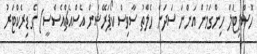
ހޮސްޕިޓަލް ހިންގަމުން އަންނަ ސަދަން ހެލްތު ސާވިސް ކޯޕަރޭޝަން އެސްއެޗްއެސްސީ) ގެ ޑިރެކްޓަރު